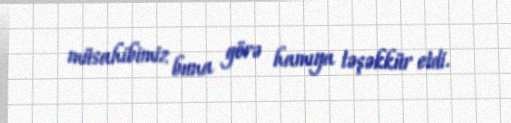
müsahibimiz buna görə hamıya təşəkkür etdi.